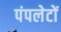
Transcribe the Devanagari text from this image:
पंपलेटों